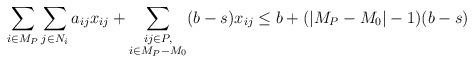
LaTeX: \begin{align*}\sum_{i \in M_P} \sum_{j \in N_i} a_{ij} x_{ij} + \sum_{\substack{ij \in P,\\ i \in M_P - M_0}} (b-s) x_{ij} \leq b + (|M_P - M_0| - 1) (b-s)\end{align*}